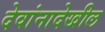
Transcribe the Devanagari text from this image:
देवांनादेखील